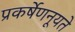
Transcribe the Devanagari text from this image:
प्रकर्षेणनूयते